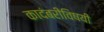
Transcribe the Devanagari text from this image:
कादंबरीविषयी